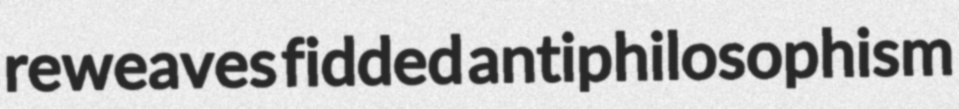
reweaves fidded antiphilosophism